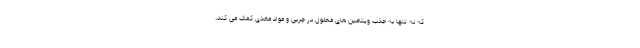
که نه تنها به جذب ویتامین های محلول در چربی و مواد مغذی کمک می کند،